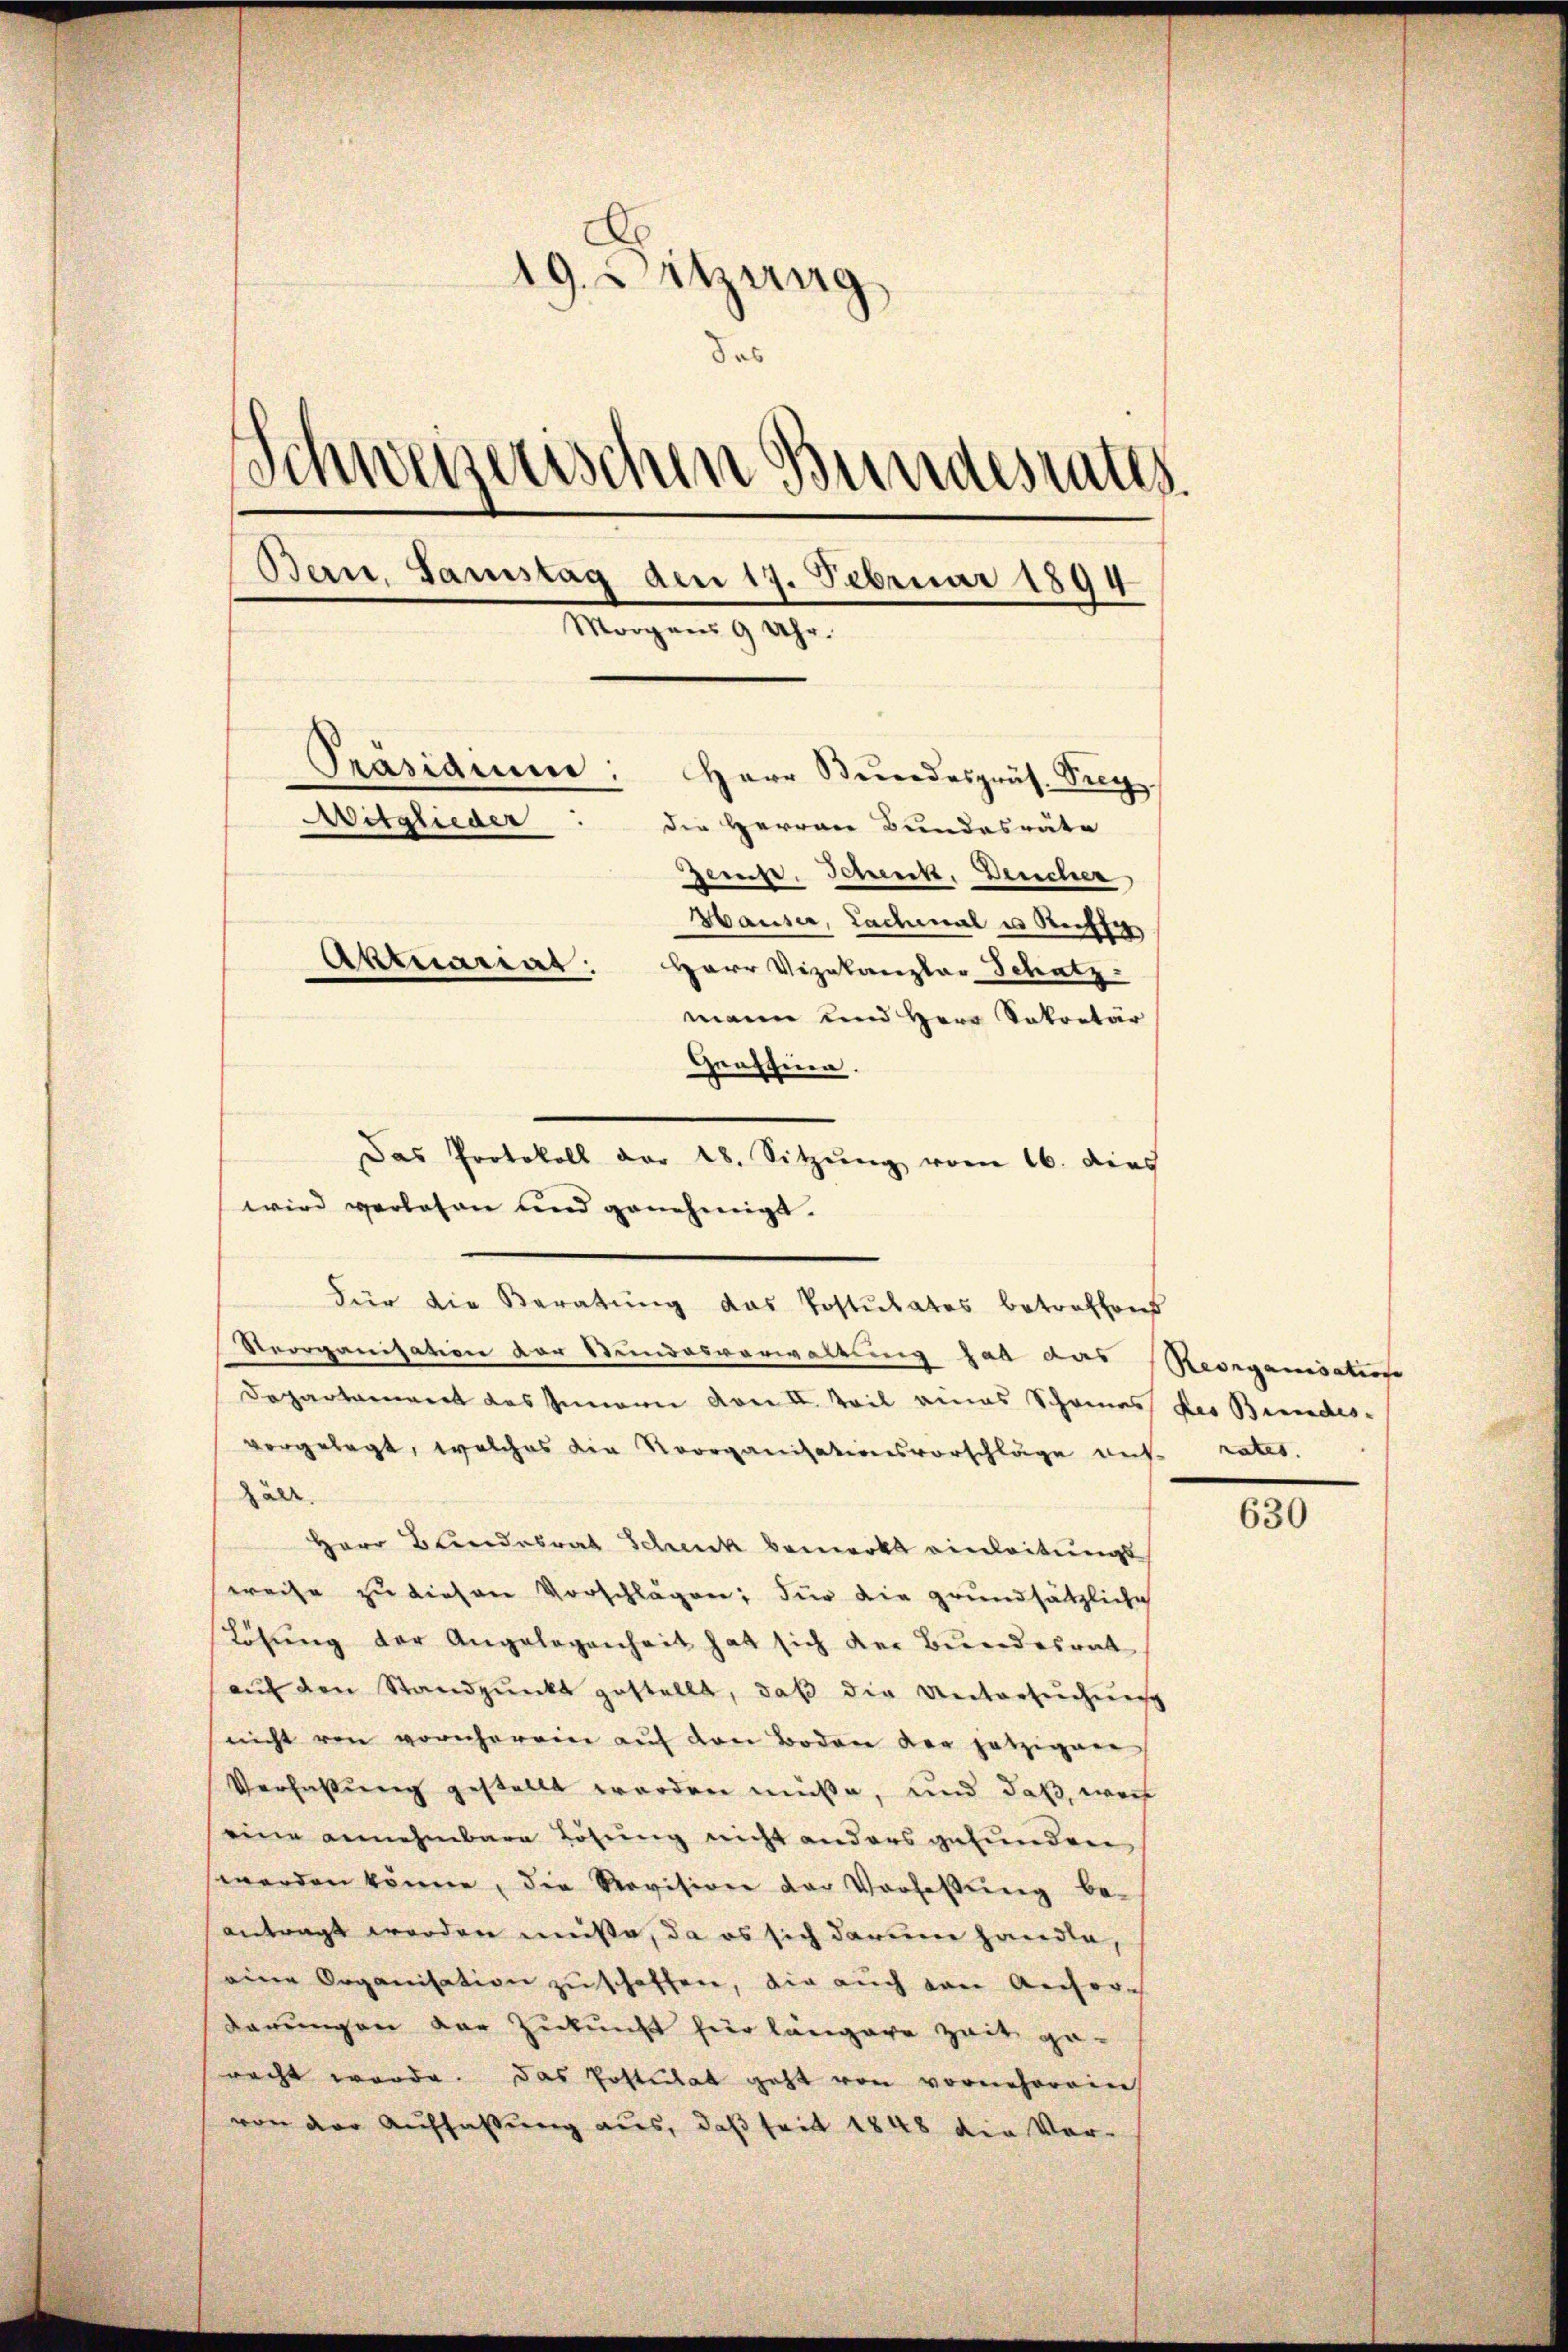
19. Sitzung
das
Schweizerischen Bundesrates
Bern, Samstag den 19. Februar 1894
Morgens 9 Uhr.
Präsidiu
Herr Bundespräs. Prey.
Witglieder
die Herren Bundesräte
Berufe. Schenk. Deucher
Hauser, Lachmal es Rechte
Aktuariat: Herr Vizekanzlar Schatz
mann und Herr Sekretär

Reorganisation der Stundesverwaltung hat das Georganisation
Departament des jemann vore Teil eines Schönes des Bundes-
vorgelegt, welches die Reorganisationsvorschläge aus rates.
hält.
Herr Bundesrat Schenk bemerkt einleitungs
weise zu dieser Vorschlägen; für die grundsätzliche
Lösung der Angelegenheit hat sich der Bundesrat
aŭf den Standpunkt gestellt, daß die Untersuchung
nicht von vornherein auf den Boden der jetzigen
Verhaltung gestellt worden müße, und daß, weil
eine annehmbare Lösung nicht anders gefunden
werden könne, die Revision der Verfaßung be-
antragt werden müße, da es sich darum handle
eine Organisation zu schoffen, die auch von Anfordarungen der Zukunft für längere Zeit ge-
racht werde. Das Postulat geht von vorneherein
von der Auffassung aus, daß seit 1848 die Vor¬

wird verlesen und genehmigt.
Für die Beratung das Postulates betreffend

Grassina.
Das Protokoll der 28. Sitzŭng vom 16. dies

630